Indian journal of veterinary science and animal husbandry - Volumes 26-27, 1956-1957
Year: 1956
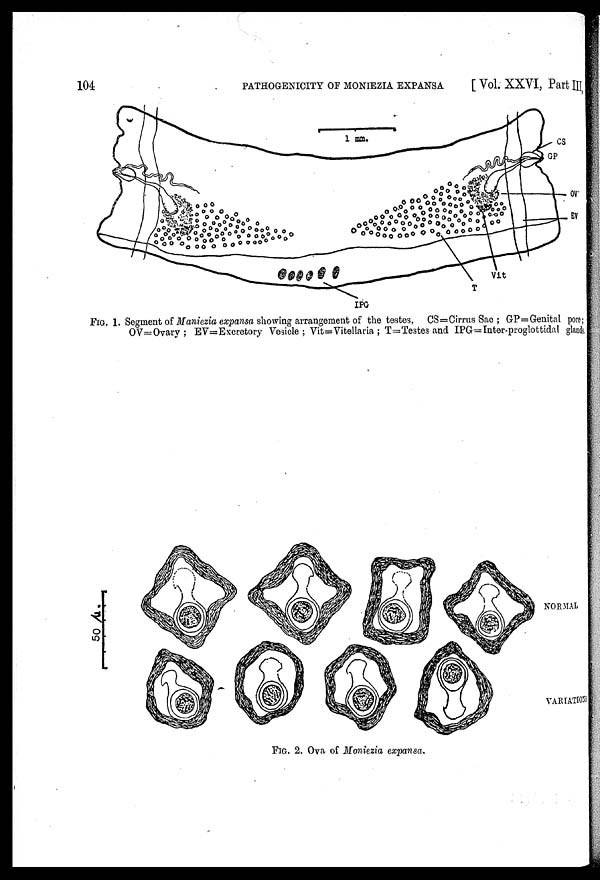
104
PATHOGENICITY OF MONIEZIA EXPANSA
[ Vol. XXVI, Part III,
FIG. 1. Segment of Maniezia expansa showing arrangement of the testes, CS=Cirrus Sac ; GP=Genital pore
OV=Ovary; EV=Excretory Vesicle; Vit=Vitellaria; T=Testes and IPG=Inter-proglottidal glands.
FIG. 2. Ova of Moniezia expansa.